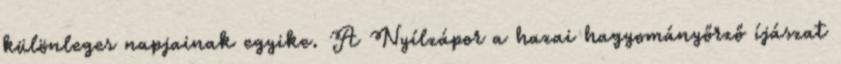
különleges napjainak egyike. A Nyílzápor a hazai hagyományőrző íjászat